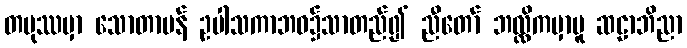
တပုဿမှာ သောတာပန် ဥပါသကာဘဝ၌သာတည်၍ ညီတော် ဘလ္လိကမှာမူ ဆဠာဘိညာ